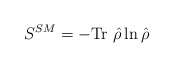
\begin{align*}S^{SM}=-\mbox{Tr}~\hat{\rho}\ln \hat{\rho}~~~\end{align*}